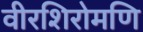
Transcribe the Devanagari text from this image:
वीरशिरोमणि